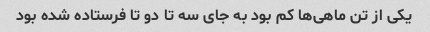
یکی از تن ماهی‌ها کم بود به جای سه تا دو تا فرستاده شده بود